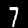
Label: 7